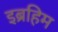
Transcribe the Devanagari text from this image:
इब्रहिम